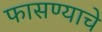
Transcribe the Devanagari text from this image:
फासण्याचे